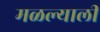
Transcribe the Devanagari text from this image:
मळल्याली